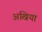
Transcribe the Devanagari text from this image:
अखिया